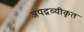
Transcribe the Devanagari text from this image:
अपद्रव्यीकृत